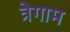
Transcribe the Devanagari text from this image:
त्रेगाम